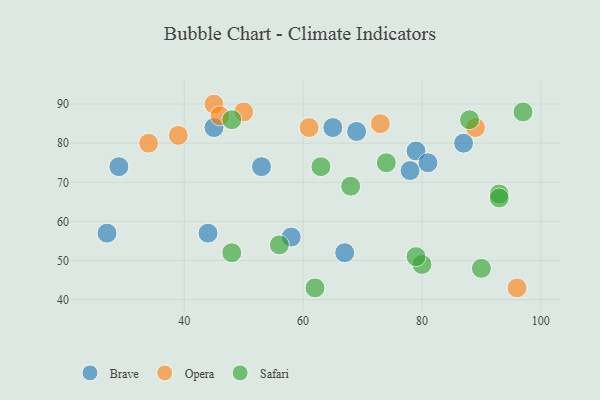
{"axis": {"x": "GDP", "y": "Life Expectancy"}, "legend": ["Brave", "Opera", "Safari"], "data": [{"x": "78", "y": 73, "type": "Brave"}, {"x": "69", "y": 83, "type": "Brave"}, {"x": "58", "y": 56, "type": "Brave"}, {"x": "45", "y": 84, "type": "Brave"}, {"x": "79", "y": 78, "type": "Brave"}, {"x": "29", "y": 74, "type": "Brave"}, {"x": "87", "y": 80, "type": "Brave"}, {"x": "44", "y": 57, "type": "Brave"}, {"x": "65", "y": 84, "type": "Brave"}, {"x": "67", "y": 52, "type": "Brave"}, {"x": "53", "y": 74, "type": "Brave"}, {"x": "81", "y": 75, "type": "Brave"}, {"x": "27", "y": 57, "type": "Brave"}, {"x": "61", "y": 84, "type": "Opera"}, {"x": "96", "y": 43, "type": "Opera"}, {"x": "34", "y": 80, "type": "Opera"}, {"x": "50", "y": 88, "type": "Opera"}, {"x": "45", "y": 90, "type": "Opera"}, {"x": "46", "y": 87, "type": "Opera"}, {"x": "89", "y": 84, "type": "Opera"}, {"x": "39", "y": 82, "type": "Opera"}, {"x": "73", "y": 85, "type": "Opera"}, {"x": "88", "y": 86, "type": "Safari"}, {"x": "56", "y": 54, "type": "Safari"}, {"x": "48", "y": 52, "type": "Safari"}, {"x": "93", "y": 67, "type": "Safari"}, {"x": "80", "y": 49, "type": "Safari"}, {"x": "68", "y": 69, "type": "Safari"}, {"x": "97", "y": 88, "type": "Safari"}, {"x": "90", "y": 48, "type": "Safari"}, {"x": "48", "y": 86, "type": "Safari"}, {"x": "62", "y": 43, "type": "Safari"}, {"x": "93", "y": 66, "type": "Safari"}, {"x": "63", "y": 74, "type": "Safari"}, {"x": "79", "y": 51, "type": "Safari"}, {"x": "74", "y": 75, "type": "Safari"}]}